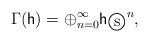
LaTeX: \begin{align*}\Gamma(\mathsf{h}) = \oplus_{n=0}^{\infty}{\mathsf{h}_{\textcircled{s}}}^{n},\end{align*}